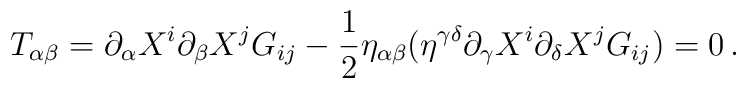
T_{\alpha\beta} = \partial_\alpha X^i\partial_\beta X^j G_{ij} - \frac{1}{2} \eta_{\alpha\beta}(\eta^{\gamma\delta}\partial_\gamma X^i\partial_\delta X^j G_{ij})=0\,.